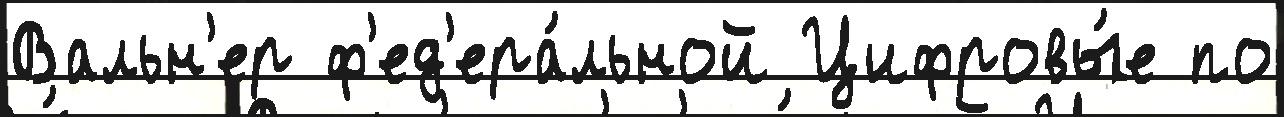
Вальн'ер ф'ед'ера́льной Цифровы́е по